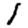
Digit: 1